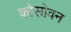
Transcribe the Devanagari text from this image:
कोसोवन